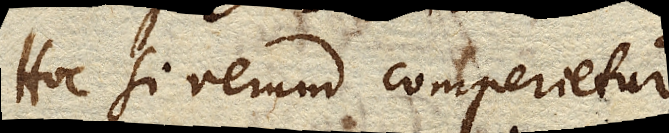
Hoc si verum comperietur,